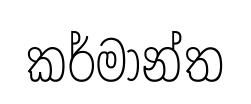
කර්මාන්ත